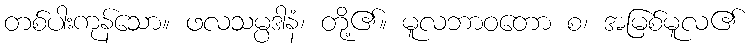
တစ်ပါးကုန်သော။ ဖလသမ္ပဒါနံ၊ တို့၏။ မူလဘာဝတော စ၊ အမြစ်မူလ၏